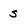
Character: S